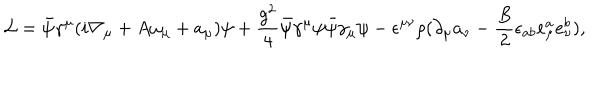
LaTeX: { \cal L } = \bar { \psi } \gamma ^ { \mu } ( i \nabla _ { \mu } + A \omega _ { \mu } + a _ { \mu } ) \psi + \frac { g ^ { 2 } } { 4 } \bar { \psi } \gamma ^ { \mu } \psi \bar { \psi } \gamma _ { \mu } \psi - \epsilon ^ { \mu \nu } \rho ( \partial _ { \mu } a _ { \nu } - \frac { B } { 2 } \epsilon _ { a b } e _ { \mu } ^ { a } e _ { \nu } ^ { b } ) ,